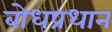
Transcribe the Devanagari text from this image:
बोधप्रधान